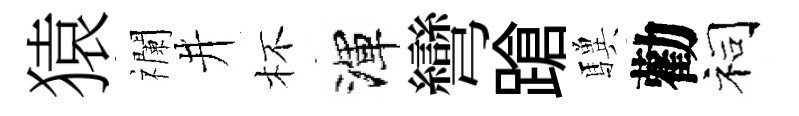
猿襴井杯渾彎蹌驥勸祠